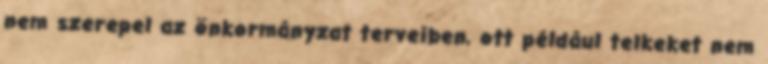
nem szerepel az önkormányzat terveiben, ott például telkeket nem